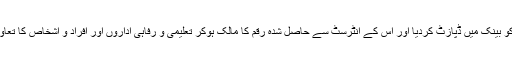
۱۰- جن اسکیموں میں حکومت نے محفوظ فنڈ قائم کرکے اس کو بینک میں ڈپازٹ کردیا اور اس کے انٹرسٹ سے حاصل شدہ رقم کا مالک ہوکر تعلیمی و رفاہی اداروں اور افراد و اشخاص کا تعاون کرتی ہے، ایسی اسکیموں سے فائدہ اٹھانے کی گنجائش ہے۔